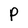
Character: P